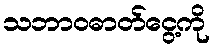
သဘာဝဓာတ်ငွေ့ကို